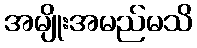
အမျိုးအမည်မသိ